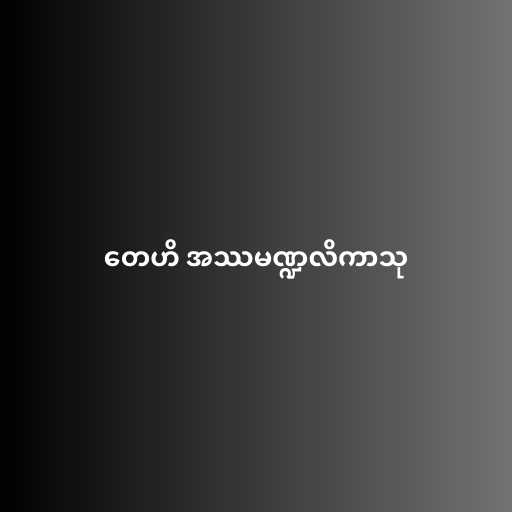
တေဟိ အဿမဏ္ဍလိကာသု